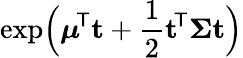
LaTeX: \exp\! {\Big(}{\boldsymbol{\mu}}^{\! {\mathsf{T}}}\mathbf{t}+{\frac{1}{2}}\mathbf{t}^{\! {\mathsf{T}}}{\boldsymbol{\Sigma}}\mathbf{t}{\Big)}